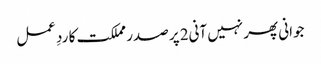
جوانی پھر نہیں آنی2 پر صدر مملکت کا ردِ عمل